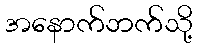
အနောက်ဘက်သို့